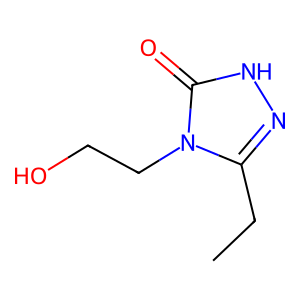
SMILES: CCc1n[nH]c(=O)n1CCO
Inhibits HIV replication: No